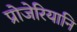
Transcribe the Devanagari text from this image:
प्रोजेरियानि